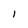
Character: I